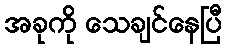
အခုကို သေချင်နေပြီ